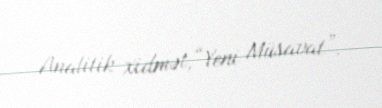
Analitik xidmət,“Yeni Müsavat”.